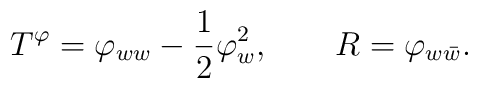
T^\varphi = \varphi_{ww} - {1\over 2} \varphi_w^2, \qquad R = \varphi_{w\bar{w}}.